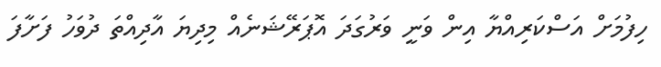
ހިފުމަށް އަސްކަރިއްޔާ އިން ވަނީ ވަރުގަދަ އޮޕަރޭޝަނެއް މިދިޔަ އާދިއްތަ ދުވަހު ފަށާފަ